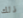
ذلك